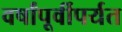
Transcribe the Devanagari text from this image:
वर्षांपूर्वीपर्यत